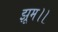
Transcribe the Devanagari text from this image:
झूम।।